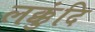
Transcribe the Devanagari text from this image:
लक्कुंदि